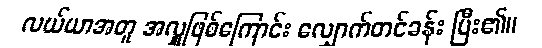
လယ်ယာအတူ အလှူဖြစ်ကြောင်း လျှောက်တင်ခန်း ပြီး၏။